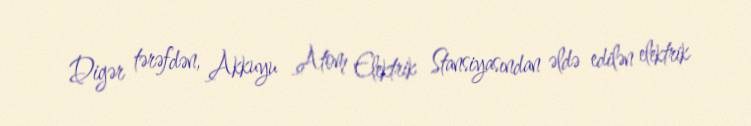
Digər tərəfdən, Akkuyu Atom Elektrik Stansiyasından əldə edilən elektrik